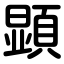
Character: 顕